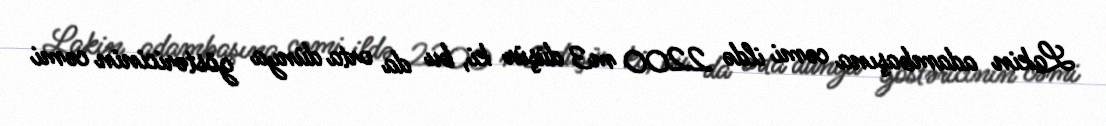
Lakin adambaşına cəmi ildə 2200 m3 düşür ki, bu da orta dünya göstəricinin cəmi